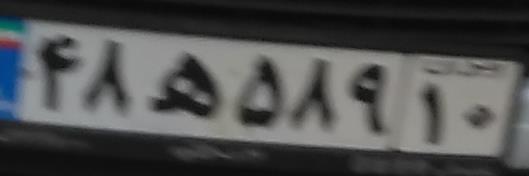
۴۸ه۵۸۹۱۰